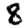
Digit: 8